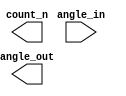
module  adjust (  
	angle_in,
	angle_out,
	count_n
	);
	
input		angle_in;
output		angle_out;
output		count_n;

endmodule